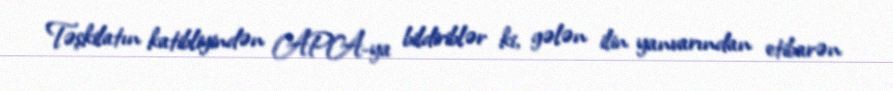
Təşkilatın katibliyindən APA-ya bildiriblər ki, gələn ilin yanvarından etibarən